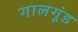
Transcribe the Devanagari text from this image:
गालगूंड